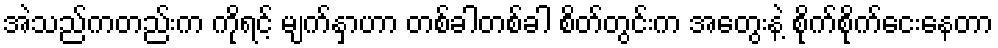
အဲသည်ကတည်းက ကိုရင့် မျက်နှာဟာ တစ်ခါတစ်ခါ စိတ်တွင်းက အတွေးနဲ့ စိုက်စိုက်ငေးနေတာ